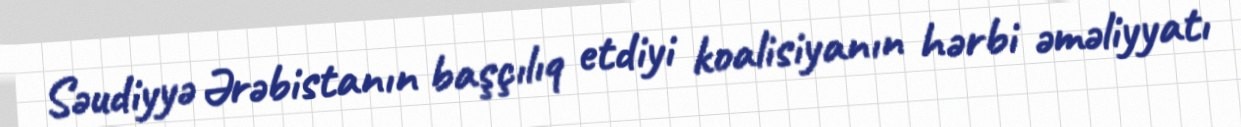
Səudiyyə Ərəbistanın başçılıq etdiyi koalisiyanın hərbi əməliyyatı